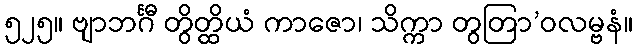
၅၂၅။ ဗျာဘင်္ဂီ တွိတ္ထိယံ ကာဇော၊ သိက္ကာ တွတြာ’ဝလမ္ဗနံ။